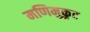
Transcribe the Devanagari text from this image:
मणिमुकुट